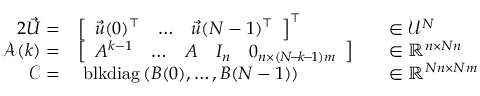
\begin{array} { r l r l } { { 2 } \vec { U } = } & { \left[ \begin{array} { l l l } { \vec { u } ( 0 ) ^ { \top } } & { \ldots } & { \vec { u } ( N - 1 ) ^ { \top } } \end{array} \right] ^ { \top } } & & { \in \mathcal { U } ^ { N } } \\ { { \mathcal { A } } ( k ) = } & { \left[ \begin{array} { l l l l l } { A ^ { k - 1 } } & { \ldots } & { A } & { I _ { n } } & { 0 _ { n \times ( N \! - \! k \! - \! 1 ) m } } \end{array} \right] } & & { \in \mathbb { R } ^ { n \times N n } } \\ { \boldsymbol { \mathcal { C } } = } & { \; \mathrm { b l k d i a g } \left( \boldsymbol { B } ( 0 ) , \ldots , \boldsymbol { B } ( N - 1 ) \right) } & & { \in \mathbb { R } ^ { N n \times N m } } \end{array}